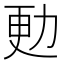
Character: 𠡣